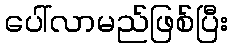
ပေါ်လာမည်ဖြစ်ပြီး